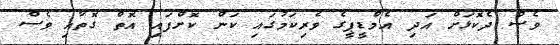
ވެސް ދެކޮޅަށް އަދި އެމްޑީޕީގެ ވެރިކަމުގައި ކަން ކޮށްފައި އޮތް ގޮތާއި ވެސް